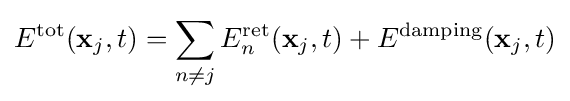
E^{\text{tot}}(\mathbf {x} _{j},t)=\sum _{n\neq j}E_{n}^{\text{ret}}(\mathbf {x} _{j},t)+E^{\text{damping}}(\mathbf {x} _{j},t)